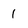
Character: 1